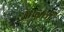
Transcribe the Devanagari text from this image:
आन्नबाँ